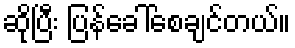
ဆိုပြီး ပြန်ခေါ်စေချင်တယ်။